Indian journal of veterinary science and animal husbandry - Volume 3,
Year: 1933
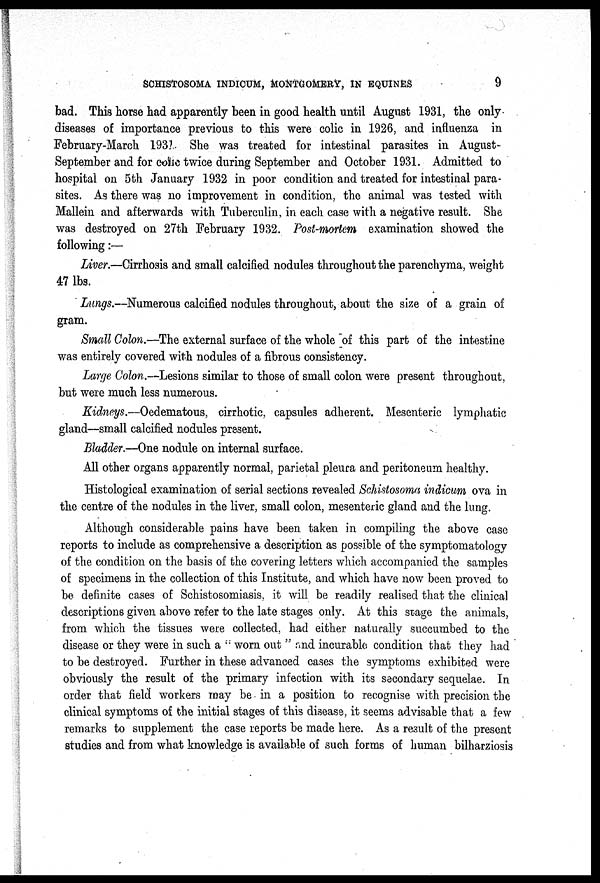
SCHISTOSOMA INDICUM, MONTGOMERY, IN EQUINES
9
bad. This horse had apparently been in good health until August 1931, the only
diseases of importance previous to this were colic in 1926, and influenza in
February-March 1931. She was treated for intestinal parasites in August-
September and for colic twice during September and October 1931. Admitted to
hospital on 5th January 1932 in poor condition and treated for intestinal para-
sites. As there was no improvement in condition, the animal was tested with
Mallein and afterwards with Tuberculin, in each case with a negative result. She
was destroyed on 27th February 1932. Post-mortem examination showed the
following:—
Liver.—Cirrhosis and small calcified nodules throughout the parenchyma, weight
47 lbs.
Lungs.—Numerous calcified nodules throughout, about the size of a grain of
gram.
Small Colon.—The external surface of the whole of this part of the intestine
was entirely covered with nodules of a fibrous consistency.
Large Colon.—Lesions similar to those of small colon were present throughout,
but were much less numerous.
Kidneys.—Oedematous, cirrhotic, capsules adherent. Mesenteric lymphatic
gland—small calcified nodules present.
Bladder.—One nodule on internal surface.
All other organs apparently normal, parietal pleura and peritoneum healthy.
Histological examination of serial sections revealed Schistosoma indicum ova in
the centre of the nodules in the liver, small colon, mesenteric gland and the lung.
Although considerable pains have been taken in compiling the above case
reports to include as comprehensive a description as possible of the symptomatology
of the condition on the basis of the covering letters which accompanied the samples
of specimens in the collection of this Institute, and which have now been proved to
be definite cases of Schistosomiasis, it will be readily realised that the clinical
descriptions given above refer to the late stages only. At this stage the animals,
from which the tissues were collected, had either naturally succumbed to the
disease or they were in such a " worn out " and incurable condition that they had
to be destroyed. Further in these advanced cases the symptoms exhibited were
obviously the result of the primary infection with its secondary sequelae. In
order that field workers may be in a position to recognise with precision the
clinical symptoms of the initial stages of this disease, it seems advisable that a few
remarks to supplement the case reports be made here. As a result of the present
studies and from what knowledge is available of such forms of human bilharziosis